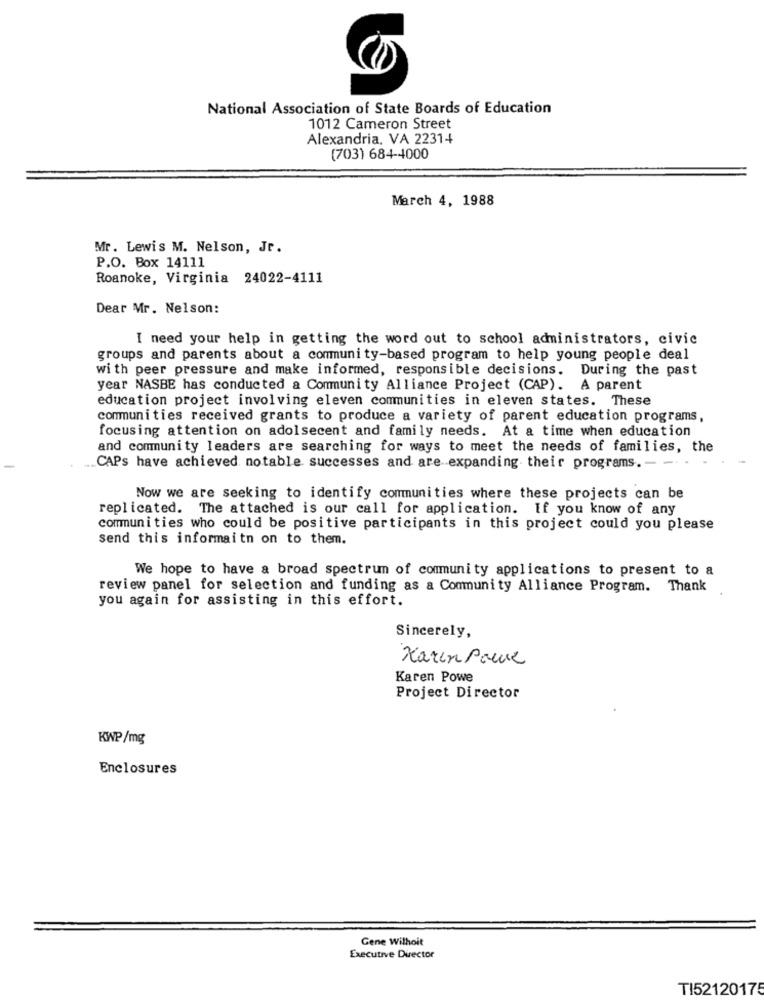
National Association of State Boards of Education
1012 Cameron Street
Alexandria, VA 22314
(703) 684-4000
March 4, 1988
Mr. Lewis M. Nelson, Jr.
P.O. Box 14111
Roanoke, Virginia 24022-4111
Dear Mr. Nelson:
I need your help in getting the word out to school administrators, civic
groups and parents about a community-based program to help young people deal
with peer pressure and make informed, responsible decisions. During the past
year NASBE has conducted a Community Alliance Project (CAP). A parent
education project involving eleven communities in eleven states. These
communities received grants to produce a variety of parent education programs,
focusing attention on adolsecent and family needs. At a time when education
and community leaders are searching for ways to meet the needs of families, the
CAPs have achieved notable successes and are expanding their programs. --
Now we are seeking to identify communities where these projects can be
replicated. The attached is our call for application. If you know of any
communities who could be positive participants in this project could you please
send this informaitn on to them.
We hope to have a broad spectrum of community applications to present to a
review panel for selection and funding as a Community Alliance Program. Thank
you again for assisting in this effort.
Sincerely,
Karen Pour
Karen Powe
Project Director
KWP/mg
Enclosures
Gene Wilhoit
Executive Director
TI52120175